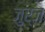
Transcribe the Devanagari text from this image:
जुर्ज